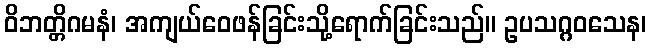
ဝိဘတ္တိဂမနံ၊ အကျယ်ဝေဖန်ခြင်းသို့ရောက်ခြင်းသည်။ ဥပသဂ္ဂဝသေန၊